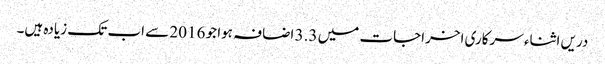
دریں اثناء سرکاری اخراجات میں 3.3 اضافہ ہوا جو 2016 سے اب تک زیادہ ہیں۔